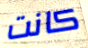
كانت